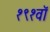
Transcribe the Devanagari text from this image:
१९१वॉ